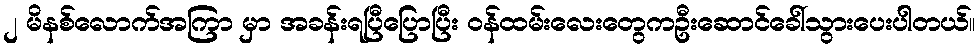
၂ မိနစ်လောက်အကြာ မှာ အခန်းရပြီပြောပြီး ဝန်ထမ်းလေးတွေကဦးဆောင်ခေါ်သွားပေးပါတယ်။